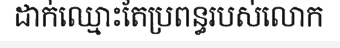
ដាក់ឈ្មោះតែប្រពន្ធរបស់លោក